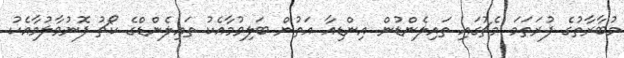
މުބާރާތުގެ ފުރަތަމަ މެޗުގައި ތައިލެންޑުން އިންޑިއާ އަތުން ބަލިވުމާއެކު ތައިލެންޑްގެ ކޯޗު ފޮނުވާލުމާއެކު